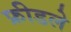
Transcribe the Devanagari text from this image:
फ्रीडले